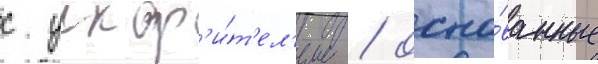
с ускор'и́т'ел'ем / осно́ванные